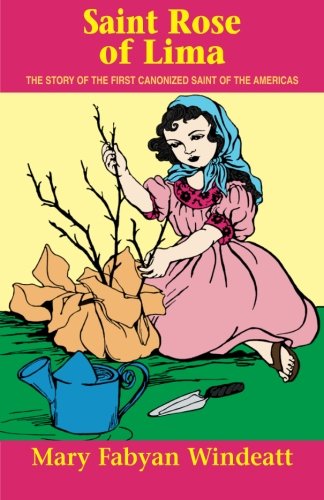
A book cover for St. Rose of Lima: The Story of the First Canonized Saint of the Americas (Stories of the Saints for Young People Ages 10 to 100); Windeatt; Children's Books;